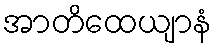
အာတိထေယျာနံ